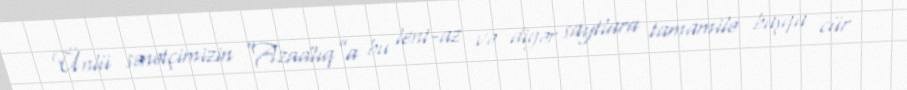
Ünlü sənətçimizin “Azadlıq”a bu lent-az və digər saytlara tamamilə başqa cür